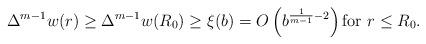
LaTeX: \begin{align*}\Delta^{m-1}w(r)\geq \Delta^{m-1}w(R_0)\geq \xi(b) = O\left(b^{\frac{1}{m-1} -2}\right) \mbox{for } r \leq R_0.\end{align*}